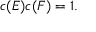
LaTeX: c ( E ) c ( F ) = 1 .